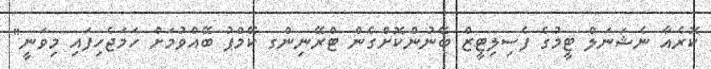
ކޮރެއާ ނެޝަނަލް ޓީމުގެ ފެސިލިޓީޒް ބޭނުންކޮށްގެން ޓްރޭނިންގ ކޭމްޕު ބޭއްވުމަށް ހަމަޖެހިފައި މިވަނީ"